Scientific memoirs by medical officers of the Army of India - Part X,
Year: 1897
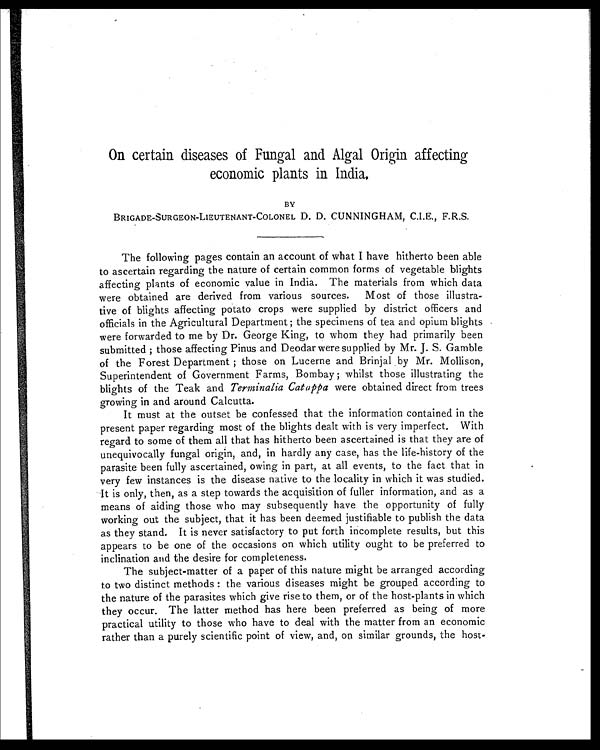
On certain diseases of Fungal and Algal Origin affecting
economic plants in India.
BY
BRIGADE-SURGEON-LIEUTENANT-COLONEL D. D. CUNNINGHAM, C.I.E., F.R.S.
The following pages contain an account of what I have hitherto been able
to ascertain regarding the nature of certain common forms of vegetable blights
affecting plants of economic value in India. The materials from which data
were obtained are derived from various sources. Most of those illustra
-
tive of blights affecting potato crops were supplied by district officers and
officials in the Agricultural Department ; the specimens of tea and opium blights
were forwarded to me by Dr. George King, to whom they had primarily been
submitted ; those affecting Pinus and Deodar were supplied by Mr. J. S. Gamble
of the Forest Department ; those on Lucerne and Brinjal by Mr. Mollison,
Superintendent of Government Farms, Bombay ; whilst those illustrating the
blights of the Teak and Terminal Catappa were obtained direct from trees
growing in and around Calcutta.
It must at the outset be confessed that the information contained in the
present paper regarding most of the blights dealt with is very imperfect. With
regard to some of them all that has hitherto been ascertained is that they are of
unequivocally fungal origin, and, in hardly any case, has the life-history of the
parasite been fully ascertained, owing in part, at all events, to the fact that in
very few instances is the disease native to the locality in which it was studied.
It is only, then, as a step towards the acquisition of fuller information, and as a
means of aiding those who may subsequently have the opportunity of fully
working out the subject, that it has been deemed justifiable to publish the data
as they stand. It is never satisfactory to put forth incomplete results, but this
appears to be one of the occasions on which utility ought to be preferred to
inclination and the desire for completeness.
The subject-matter of a paper of this nature might be arranged according
to two distinct methods : the various diseases might be grouped according to
the nature of the parasites which give rise to them, or of the host-plants in which
they occur. The latter method has here been preferred as being of more
practical utility to those who have to deal with the matter from an economic
rather than a purely scientific point of view, and, one similar grounds, the host-